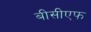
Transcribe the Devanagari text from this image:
बीसीएफ